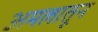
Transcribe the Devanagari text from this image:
अमलातून